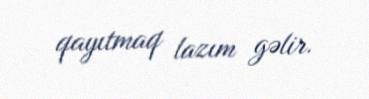
qayıtmaq lazım gəlir.